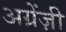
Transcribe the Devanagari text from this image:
अग्रेंज़ी